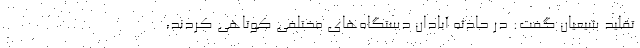
تقلید شیعیان گفت: در حادثه آبادان دستگاه‌های مختلفی کوتاهی کردند،